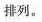
排列。